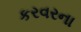
કરવરના